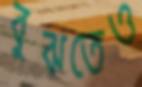
বুঝতেও